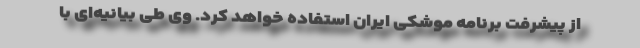
از پیشرفت برنامه موشکی ایران استفاده خواهد کرد. وی طی بیانیه‌ای با